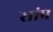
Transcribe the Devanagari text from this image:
सांप्र